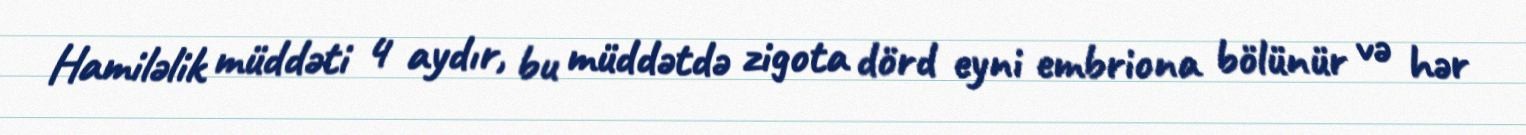
Hamiləlik müddəti 4 aydır, bu müddətdə zigota dörd eyni embriona bölünür və hər